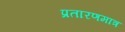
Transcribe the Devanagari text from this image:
प्रतारणमात्र